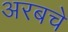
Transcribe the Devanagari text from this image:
अरबचे